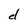
Character: d